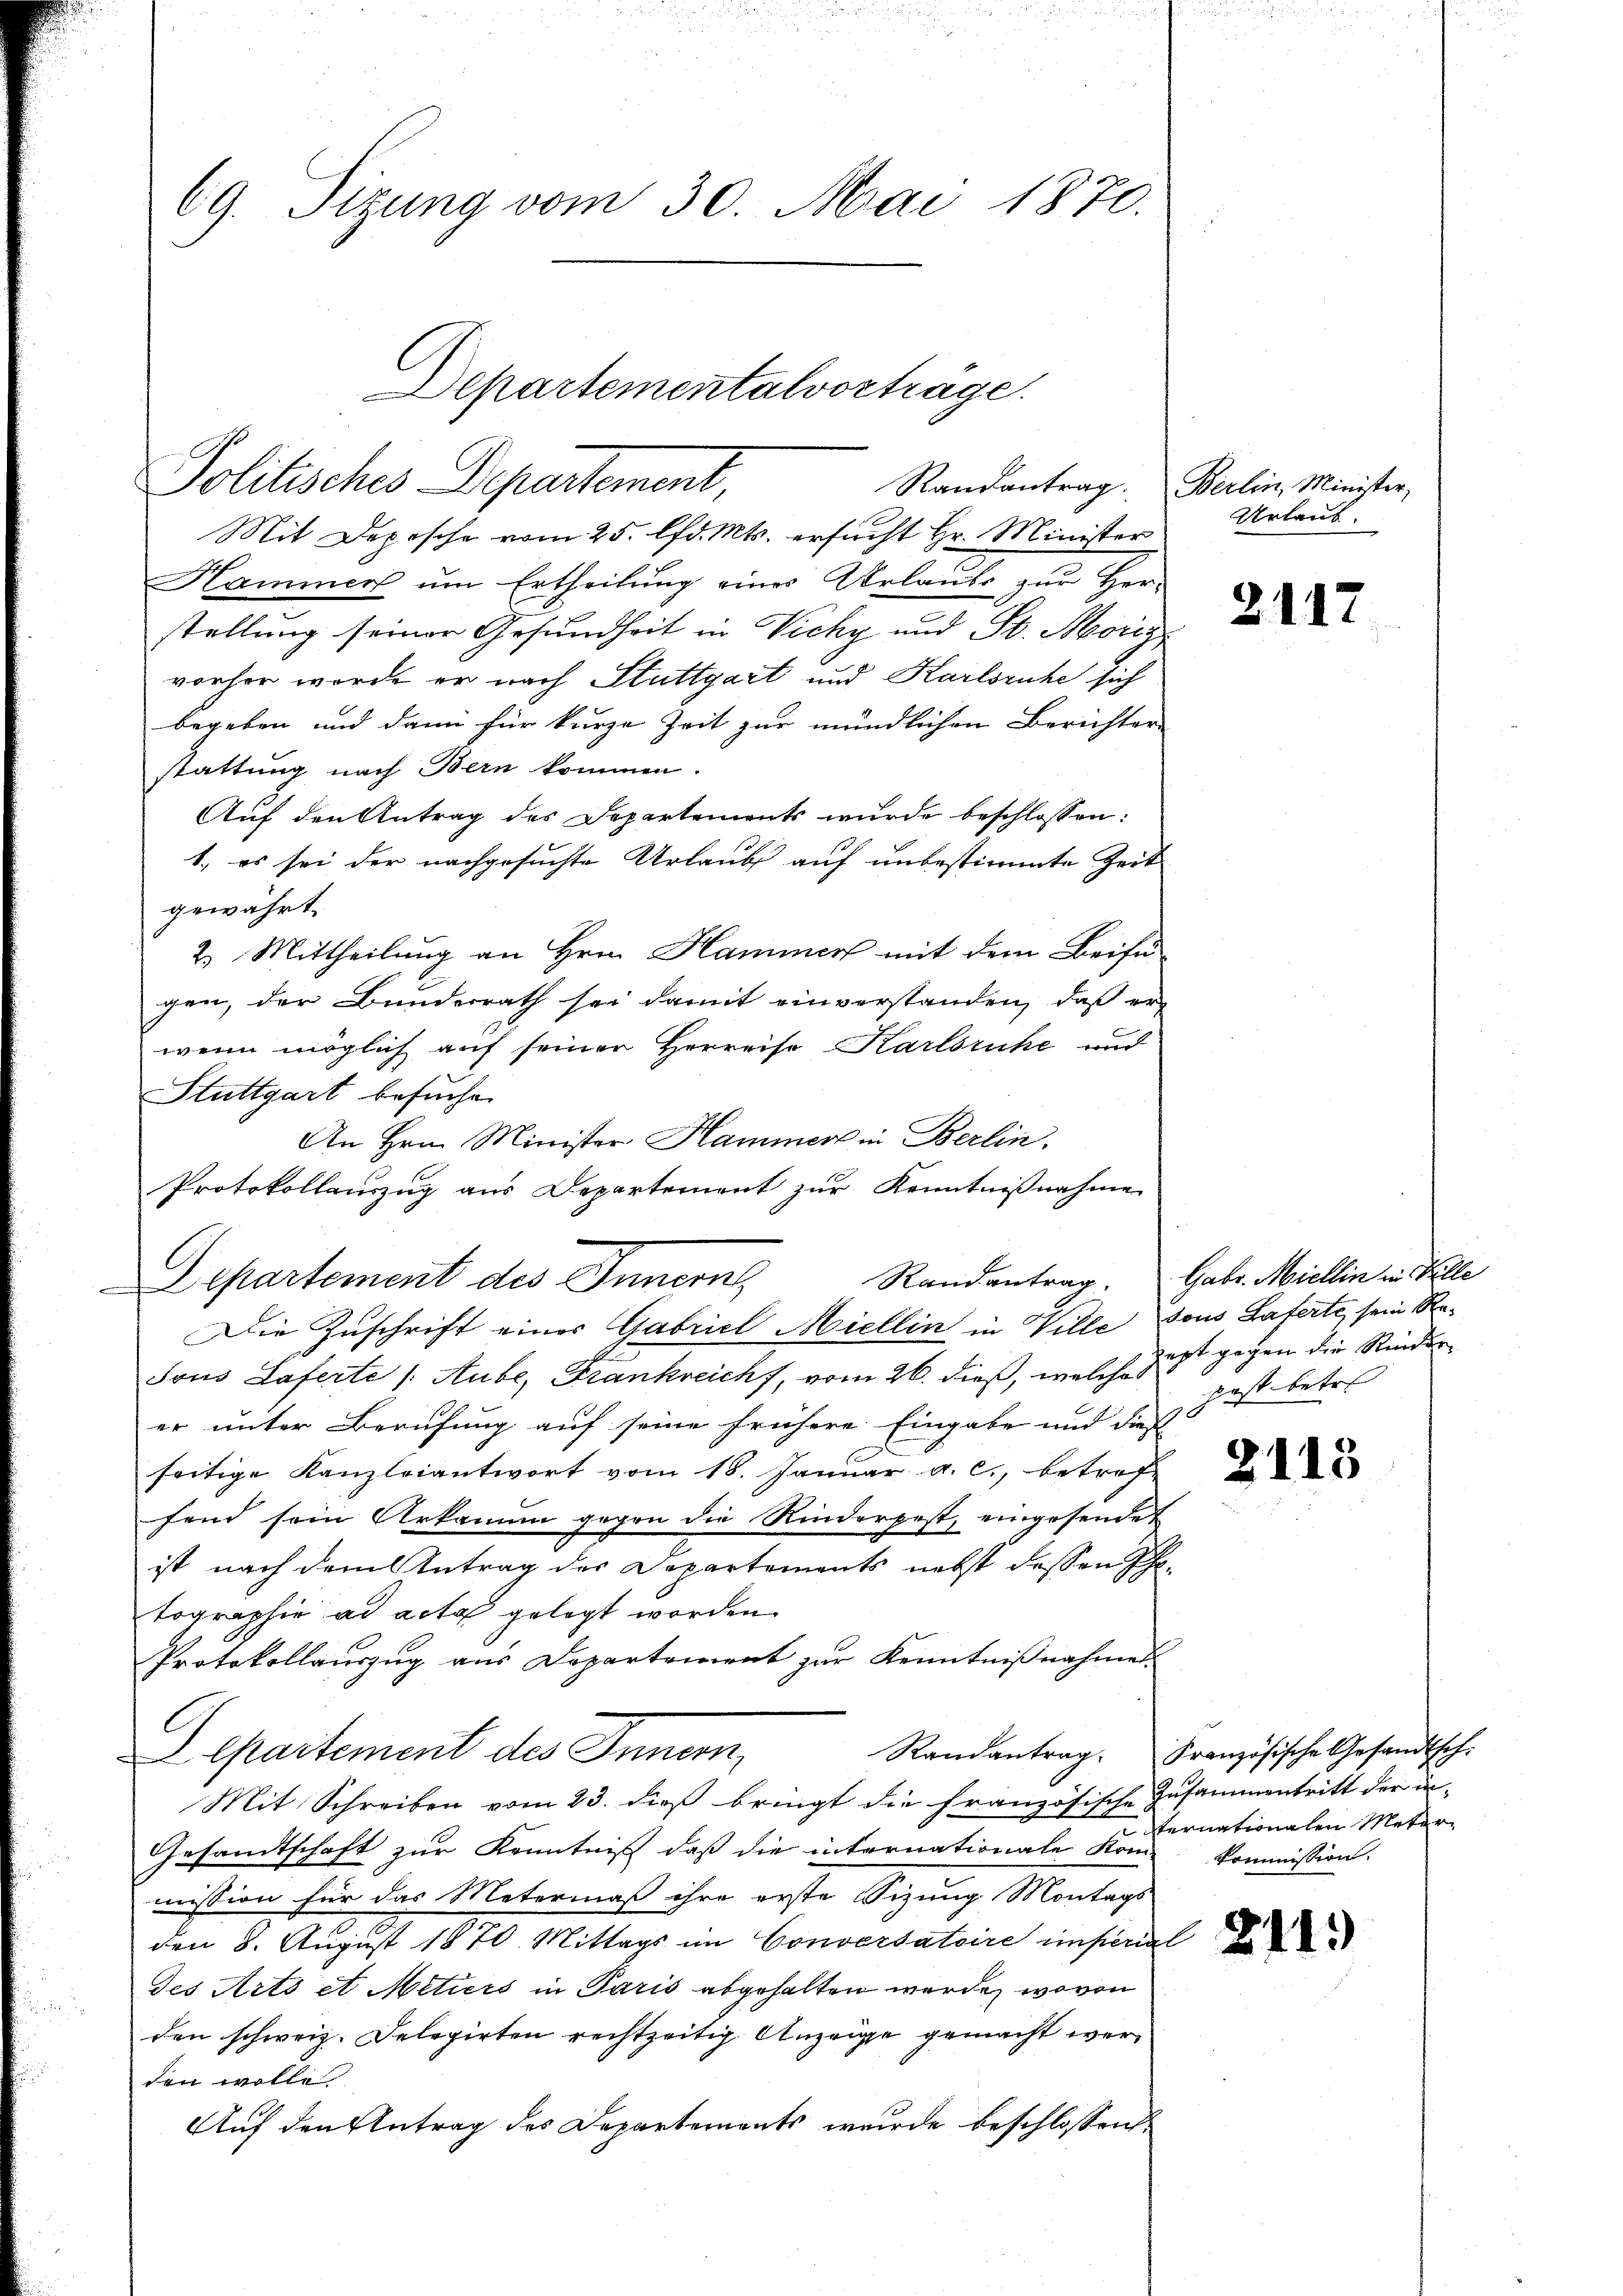
69. Sizung vom 30. Mai 1870.

Departementalvortrage.
Politisches Departement,
Randantrag. Berlin, Minister,

Departement des Innern,

Mit Depesche vom 25. lfd. Mts. ersucht Hr. Minister
Hammer ŭm Ertheilŭng eines Urlaube zŭr Her-
stellung seiner Gesundheit in Vicky und St. Morig
vorher werde er nach Stuttgart und Karlsruhe sich
begeben und dann für kurze Zeit zur mündlichen Berichter-
stattung nach Bern kommen.
Auf den Antrag des Departements wurde beschlossen:
1., es sei der nachgesuchte Urlaub auf unbestimmte Zeit
gewährt.
2. Mittheilung an Hrn. Hammer mit dem Beifü
gen, der Bundesrath sei damit einverstanden, daß er
wenn möglich auf seiner Herreise Karlsruhe und
Stuttgart besuche.
An Hrn. Minister Hammer in Berlin.
Protokollauszug aus Departement zur Kenntnißnahme
Die Zuschrift einer Gabriel Miellin in Ville sous Haferte, sein Ra¬
Tous Laferte /: Aube, Frankreicht, vom 26. dieß, welche just gegen die Rinder
er unter Berufung auf seine frühere Eingabe und diese
seitige Kanzleiantwort vom 18. Januar a. c., betref-
fend sein Urkannen gegen die Rinderpest, eingesendet
ist nach dem Antrag der Departements nebst dessen Ihtographie ad acta gelegt worden.
Protokollauszug aus Departement zur Kenntnißnahmen
Departement des Innern,
Mit Schreiben vom 23. dieß bringt die französische Zusammentritt der in¬
Gesandtschaft zur Kenntniß daß die internationale Kome kommission.
mission für das Matermaß ihre erste Sizung Montags-
den 8. August 1870 Mittags im Conversatoire eisenial
des Arts et Metiers in Paris abgehalten werde, wovon
den schweiz. Delegirten rechtzeitig Anzeige gemacht werden wolle.
Auf den Antrag des Departements wurde beschlossen:

Urlaub.

2117

Randantrag. Gebr. Miellin in Ville
post betr.

2113

Randantrag. Französische Gesandtsch-
ternationalen Meter